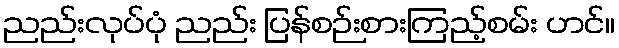
ညည်းလုပ်ပုံ ညည်း ပြန်စဉ်းစားကြည့်စမ်း ဟင်။